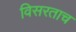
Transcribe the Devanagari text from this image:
विसरताच